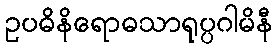
ဥပဓိနိရောဓသာရုပ္ပဂါမိနီ